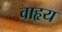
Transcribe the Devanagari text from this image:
वाहृय